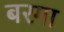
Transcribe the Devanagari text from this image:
बरगा